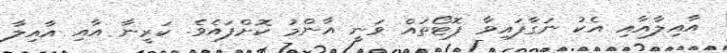
އާއިލާއާއި އެކު ނަގާފައިވާ ފޮޓޯތައް ވަނީ އާންމު ކޮށްފައެވެ. ކަރީނާ އާއި އާއިލާ